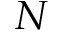
N